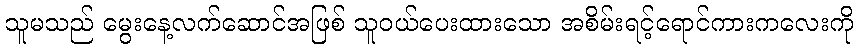
သူမသည် မွေးနေ့လက်ဆောင်အဖြစ် သူဝယ်ပေးထားသော အစိမ်းရင့်ရောင်ကားကလေးကို